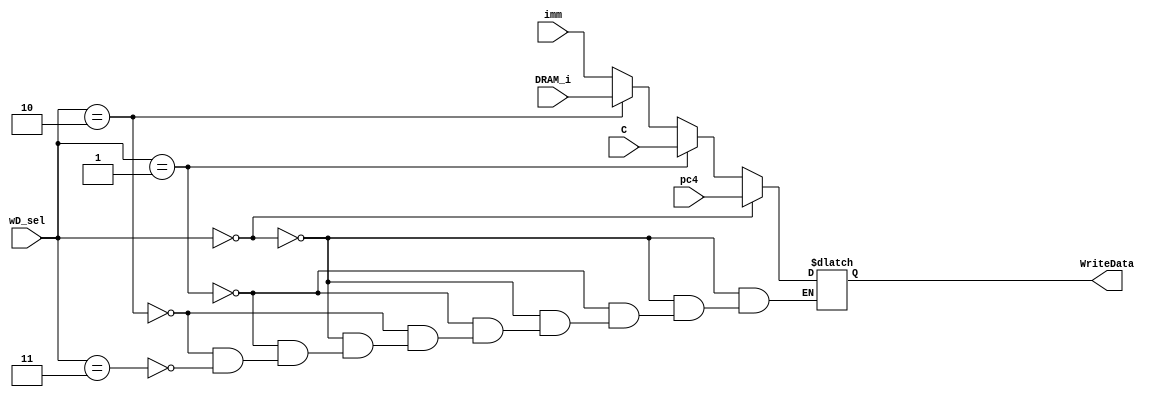
module Mux_wD(
    input [1:0]wD_sel,
    input [31:0] pc4,
    input [31:0] DRAM_i,
    input [31:0] imm,
    input [31:0] C,
    output reg [31:0] WriteData
    );
    always@ (*)
    begin
        if(wD_sel == 2'b00)              //J & jal
        begin
            WriteData = pc4;
        end
        else if(wD_sel == 2'b01)
        begin
            WriteData = C;
        end
        else if(wD_sel == 2'b10)      //S
        begin
            WriteData = DRAM_i;
        end
        else if(wD_sel == 2'b11)     //U
        begin
            WriteData = imm;
        end
    end
    
endmodule